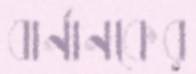
বার্নানকের